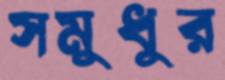
সমুধুর